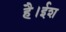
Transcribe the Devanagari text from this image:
है।ईश